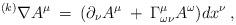
LaTeX: \begin{align*} ^{(k)}\nabla A^{\mu}\: =\: (\partial_{\nu} A^{\mu}\: + \: \Gamma^{\mu}_{\omega \nu} A^{\omega}) dx^{\nu}\: ,\end{align*}